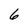
Character: 6